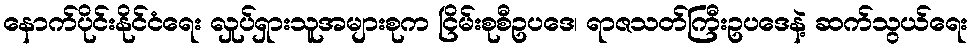
နောက်ပိုင်းနိုင်ငံရေး လှုပ်ရှားသူအများစုက ငြိမ်းစုစီဥပဒေ၊ ရာဇသတ်ကြီးဥပဒေနဲ့ ဆက်သွယ်ရေး